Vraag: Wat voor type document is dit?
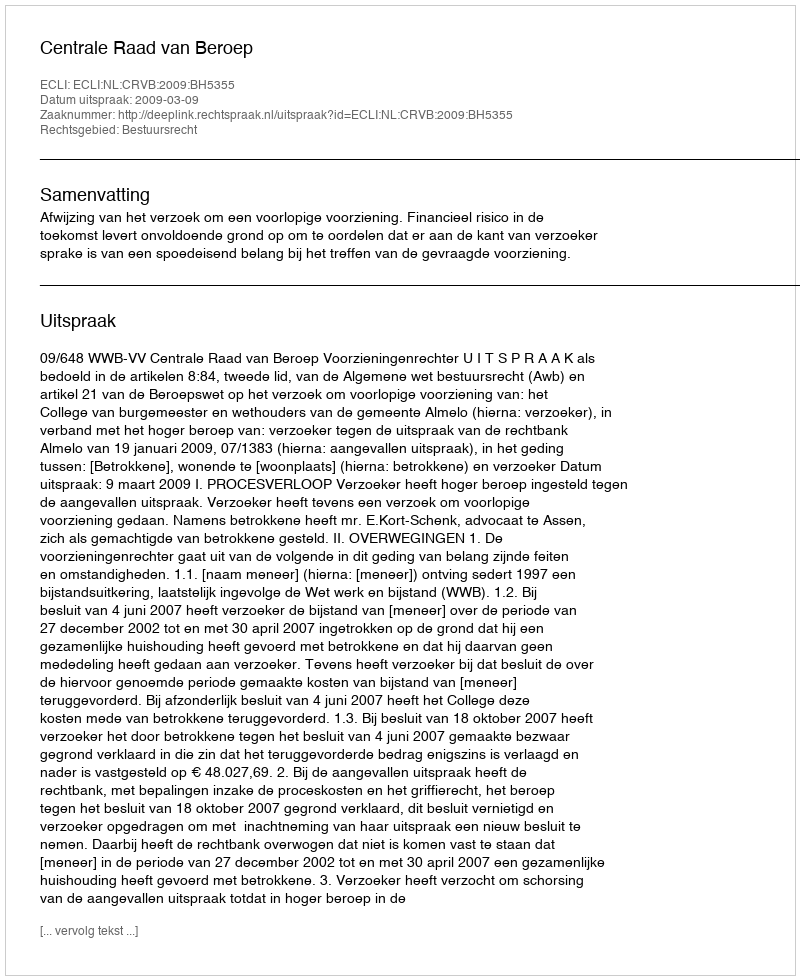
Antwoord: Uitspraak